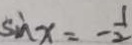
\sin x = - \frac { 1 } { 2 }